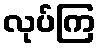
လုပ်ကြ